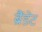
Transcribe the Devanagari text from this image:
ब्रैंडेट